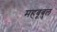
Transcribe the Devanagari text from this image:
महबूबुल